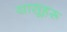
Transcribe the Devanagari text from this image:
यासूहरू